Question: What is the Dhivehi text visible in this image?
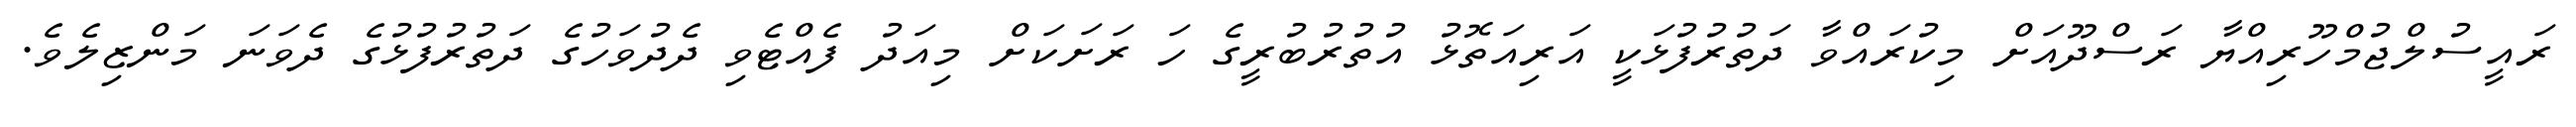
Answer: ރައީސުލްޖުމްހޫރިއްޔާ ރަސްދޫއަށް މިކުރައްވާ ދަތުރުފުޅަކީ އަރިއަތޮޅު އުތުރުބުރީގެ ހަ ރަށަކަށް މިއަދު ފެއްޓެވި ދެދުވަހުގެ ދަތުރުފުޅުގެ ދެވަނަ މަންޒިލެވެ.